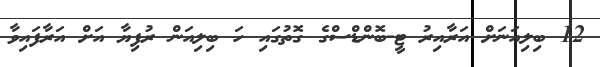
12 ބިލިއަނަށް އަރާއިރު ޓީ-ބޮންޑްސްގެ ގޮތުގައި ހަ ބިލިއަން ރުފިޔާ އަށް އަރާފައިވާ